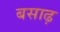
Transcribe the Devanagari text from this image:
बसाढ़